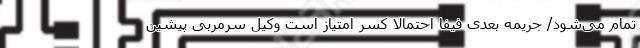
تمام می‌شود/ جریمه بعدی فیفا احتمالا کسر امتیاز است وکیل سرمربی پیشین